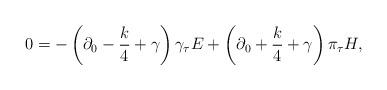
LaTeX: \begin{align*}0=-\left(\partial_{0}-\frac{k}{4}+\gamma\right)\gamma_{\tau}E+\left(\partial_{0}+\frac{k}{4}+\gamma\right)\pi_{\tau}H,\end{align*}